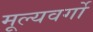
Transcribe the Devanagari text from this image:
मूल्यवर्गो